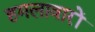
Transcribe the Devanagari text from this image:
हमलावारों